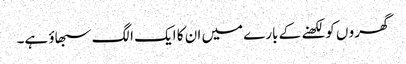
گھرو ں کو لکھنے کے بارے میں ان کا ایک الگ سبھاؤ ہے۔